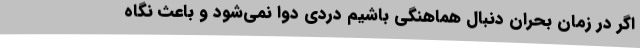
اگر در زمان بحران دنبال هماهنگی باشیم دردی دوا نمی‌شود و باعث نگاه